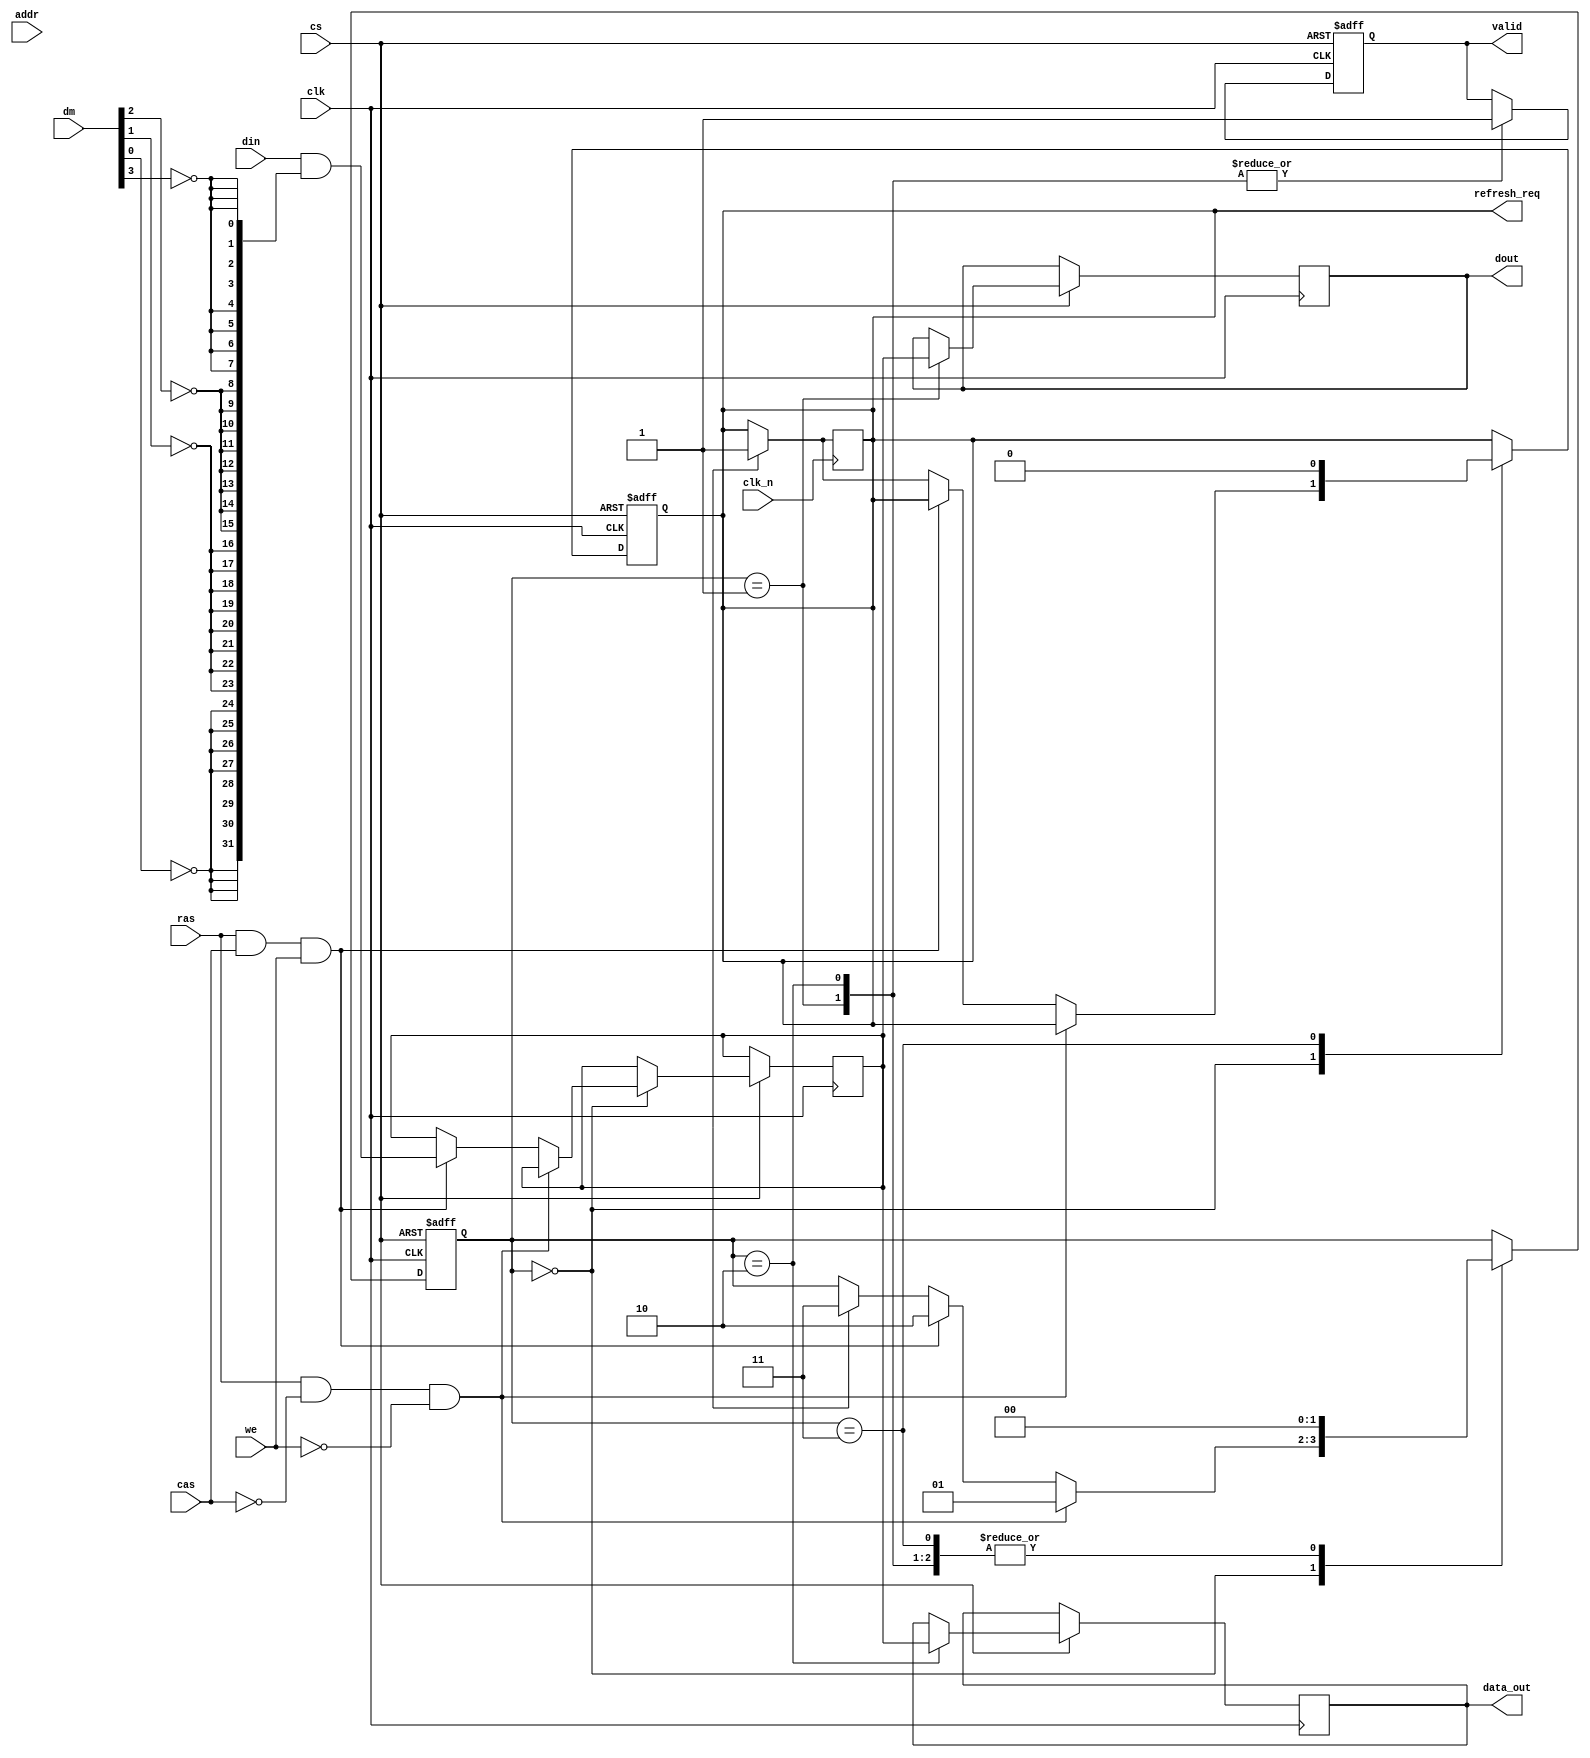
module ddr_sdram_io (
    input wire clk,                // Clock input
    input wire clk_n,              // Inverted clock input for double data rate
    input wire cs,                 // Chip Select
    input wire ras,                // Row Address Strobe
    input wire cas,                // Column Address Strobe
    input wire we,                 // Write Enable
    input wire [31:0] addr,        // Address input
    input wire [31:0] din,         // Data input
    input wire [3:0] dm,           // Data Mask input
    output reg [31:0] dout,        // Data output
    output reg valid,              // Valid output signal
    output reg refresh_req,        // Refresh request signal
    output reg [31:0] data_out     // Output data for external bus
);

    // Internal registers
    reg [31:0] data_buffer;        // Buffer for data
    reg [31:0] addr_latch;         // Latch for address
    reg [1:0] state;               // State for operation
    reg refresh_state;             // State for refresh operation

    // State encoding
    localparam IDLE = 2'b00,
               READ = 2'b01,
               WRITE = 2'b10,
               REFRESH = 2'b11;

    // Clock edge detection for DDR
    always @(posedge clk or negedge cs) begin
        if (!cs) begin
            // Chip select is low, reset state
            state <= IDLE;
            valid <= 0;
            refresh_req <= 0;
        end else begin
            case (state)
                IDLE: begin
                    if (ras && !cas && !we) begin
                        // Read operation
                        addr_latch <= addr;
                        state <= READ;
                    end else if (ras && cas && we) begin
                        // Write operation
                        addr_latch <= addr;
                        data_buffer <= din & { {8{~dm[0]}}, {8{~dm[1]}}, {8{~dm[2]}}, {8{~dm[3]}} };
                        state <= WRITE;
                    end else if (refresh_state) begin
                        // Handle refresh
                        refresh_req <= 1;
                        state <= REFRESH;
                    end
                end
                READ: begin
                    // Simulate data output on the falling edge
                    dout <= data_buffer;
                    valid <= 1;
                    state <= IDLE; // Go back to idle after read
                end
                WRITE: begin
                    // Simulate data write (in a real design, this would involve more logic)
                    data_out <= data_buffer;
                    valid <= 1;
                    state <= IDLE; // Go back to idle after write
                end
                REFRESH: begin
                    // Simulate refresh operation
                    refresh_req <= 0; // Clear refresh request
                    state <= IDLE; // Go back to idle after refresh
                end
            endcase
        end
    end

    // Handle refresh operation
    always @(posedge clk_n) begin
        if (refresh_state) begin
            // Trigger refresh on the falling edge of the clock
            refresh_req <= 1;
        end
    end

    // Power management and low power modes can be implemented here

endmodule